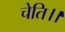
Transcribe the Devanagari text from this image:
चेति।।